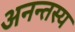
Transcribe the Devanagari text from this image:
अनन्तस्य